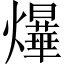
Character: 爗